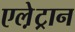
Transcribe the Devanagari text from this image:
एले़ट्रान